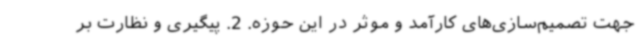
جهت تصمیم‌سازی‌های کارآمد و موثر در این حوزه. 2. پیگیری و نظارت بر